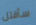
سأقتل